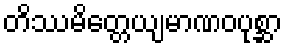
တိဿမိတ္တေယျမာဏဝပုစ္ဆာ